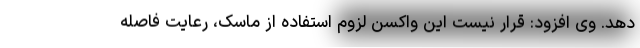
دهد. وی افزود: قرار نیست این واکسن لزوم استفاده از ماسک، رعایت فاصله